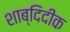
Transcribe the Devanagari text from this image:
शाब्दिदीक